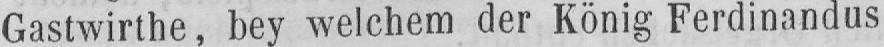
Gastwirthe, bey welchem der König Ferdinandus